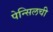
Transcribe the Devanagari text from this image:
पेन्सिलची